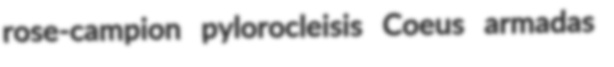
rose-campion pylorocleisis Coeus armadas